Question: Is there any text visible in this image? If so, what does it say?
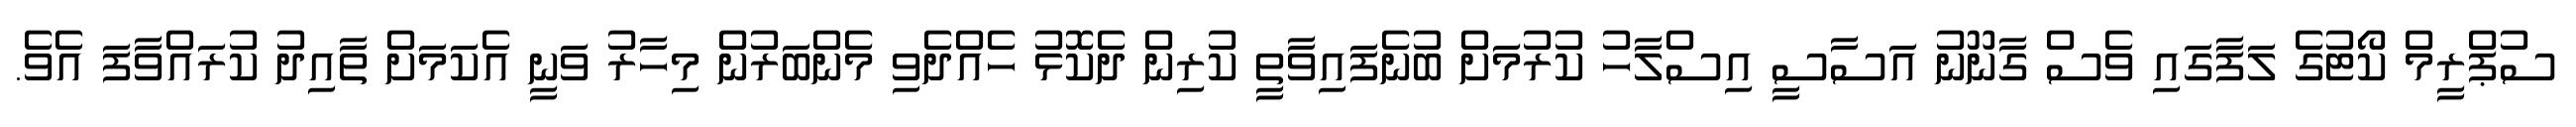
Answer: ސުޕްރީމް ކޯޓުގެ ލަފާގައި ވެސް ގާނޫނު އަސާސީ އިސްލާހު ކުރުމަށް ބުނެފައިވާތީ ކުރިން ދެކޮޅު ހެއްދެވި މެންބަރުން މިހާރު ވަނީ އެކަމަށް ތާއިދު ކުރައްވާފަ އެވެ.